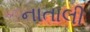
નાતાલી